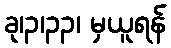
ခု၊၃၊၃၃၊ မှယူရန်